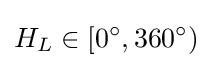
H_{L}\in [0^{\circ },360^{\circ })